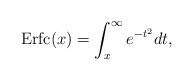
\begin{align*}{\rm Erfc}(x)=\int_x^{\infty}e^{-t^2}dt,\end{align*}